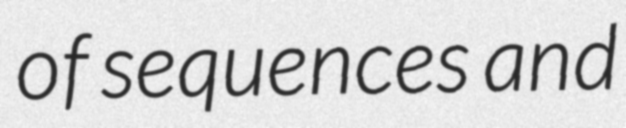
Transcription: of sequences and